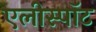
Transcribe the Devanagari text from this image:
एलीस्पॉट